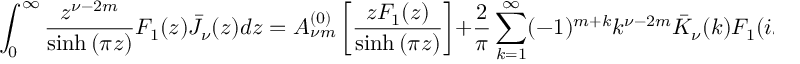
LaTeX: \int _ { 0 } ^ { \infty } { \frac { z ^ { \nu - 2 m } } { \sinh { ( \pi z ) } } F _ { 1 } ( z ) \bar { J } _ { \nu } ( z ) d z } = A _ { \nu m } ^ { ( 0 ) } \left[ \frac { z F _ { 1 } ( z ) } { \sinh { ( \pi z ) } } \right] + \frac { 2 } { \pi } \sum _ { k = 1 } ^ { \infty } ( - 1 ) ^ { m + k } k ^ { \nu - 2 m } \bar { K } _ { \nu } ( k ) F _ { 1 } ( i k ) ,